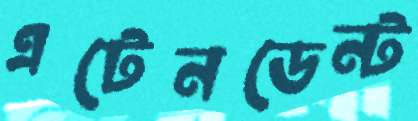
এটেনডেন্ট